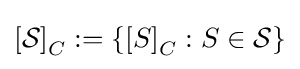
\left[{\mathcal {S}}\right]_{C}:=\left\{\left[S\right]_{C}:S\in {\mathcal {S}}\right\}